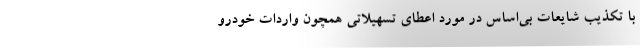
با تکذیب شایعات بی‌اساس در مورد اعطای تسهیلاتی همچون واردات خودرو